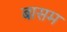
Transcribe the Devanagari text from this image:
बासम